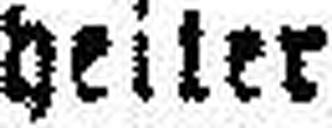
heiter